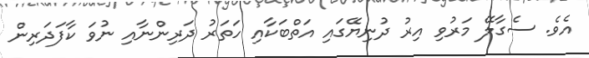
އެވެ. ސެގާލޭ މަރުވި އިރު ދުނިޔޭގައި އަތްބަކާއި ހަތަރު ދަރިންނާއި ނުވަ ކާފަދަރިން